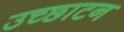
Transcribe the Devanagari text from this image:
उच्छाटन